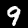
Label: 9